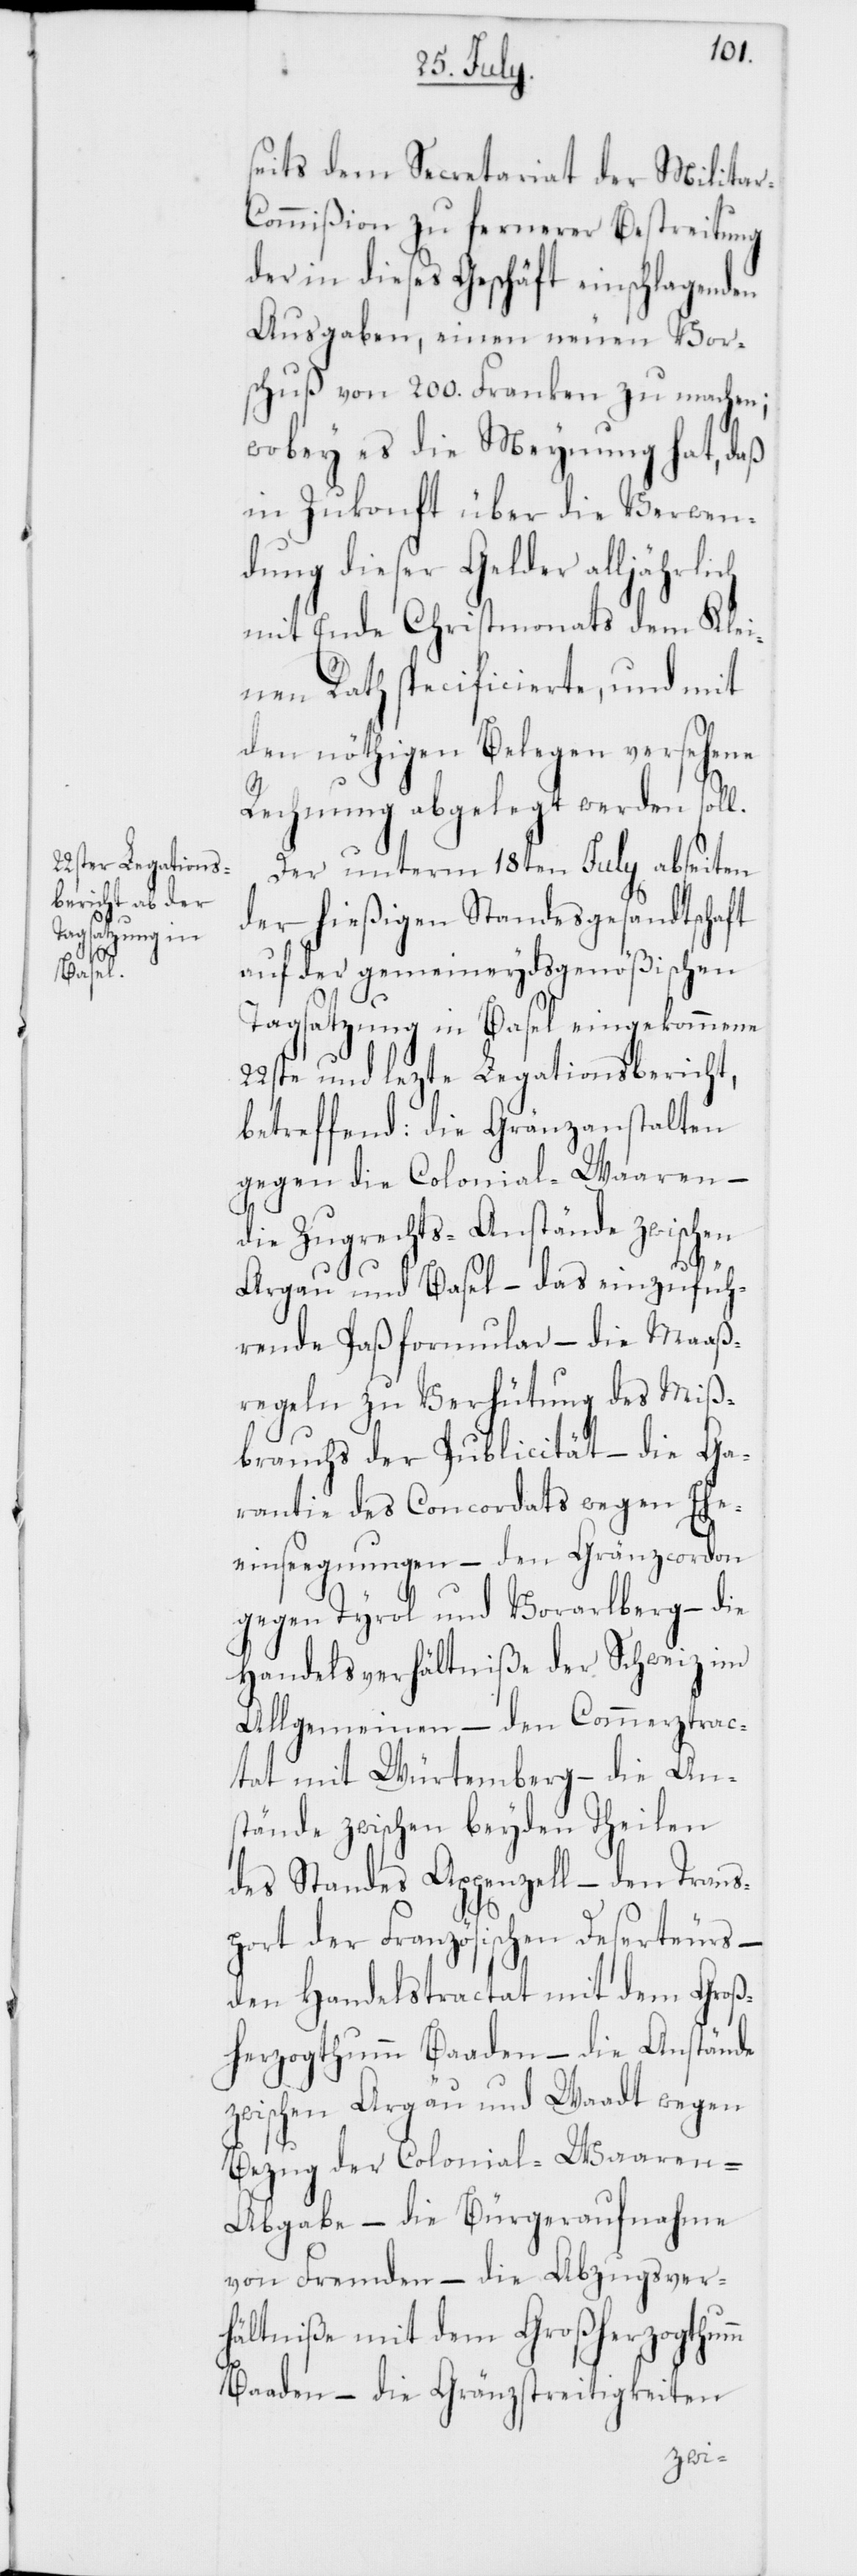
r-C¬

seits dem Secretariat der Milita¬
ommißion zu fernerer Bestreitung
der in dieses Geschäft einschlagenden
Ausgaben, einen neuen Vor¬
schuß von 200. Franken zu machen;
wobey es die Meynung hat, daß
in Zukonft über die Verwen¬
dung dieser Gelder alljährlich
mit Ende Christmonats dem Klei¬
nen Rath specificierte und mit
den nöthigen Belegen versehene
Rechnung abgelegt werden soll.
Der unterm 18ten Julii abseiten
der hießigen Standesgesandtschaft
auf der gemeineydsgenößischen
Tagsatzung in Basel eingekommene
22ste und lezte Legationsbericht,
betreffend: die Gränzanstalten
gegen die Colonial-Waaren
die Zugrechts-Anstände zwischen
Argau und Basel – das einzufüh¬
rende Paßformular – die Maaß¬
regeln zu Verhütung des Miß¬
brauchs der Publicität – die Ga¬
rantie des Concordats wegen Ehe¬
einsegnungen – den Gränzcordon
gegen Tyrol und Vorarlberg – die
Handelsverhältniße der Schweiz im
Allgemeinen – den Commerztrac¬
tat mit Würtemberg – die An¬
stände zwischen beyden Theilen
des Standes Appenzell – den Trans¬
port der Französischen Deserteurs –
den Handelstractat mit dem Groß¬
herzogthumm Baaden – die Anstände
zwischen Argau und Waadt wegen
Bezug der Colonial-Waaren-A¬
bgabe – die Bürgeraufnahme
von Fremden – die Abzugsver¬
hältniße mit dem Großerzogthumm
Baaden – die Grenzstreitigkeiten